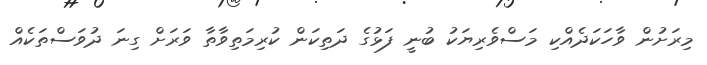
މިރަށުން ވާހަކަދެއްކި މަސްވެރިޔަކު ބުނީ ފަޅުގެ ދަތިކަން ކުރިމަތިވާތާ ވަރަށް ގިނަ ދުވަސްތަކެއް